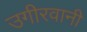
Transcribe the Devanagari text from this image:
उगीरवानी